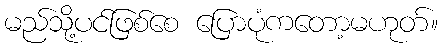
မည်သို့ပင်ဖြစ်စေ ပြောပုံကတော့မဟုတ်။